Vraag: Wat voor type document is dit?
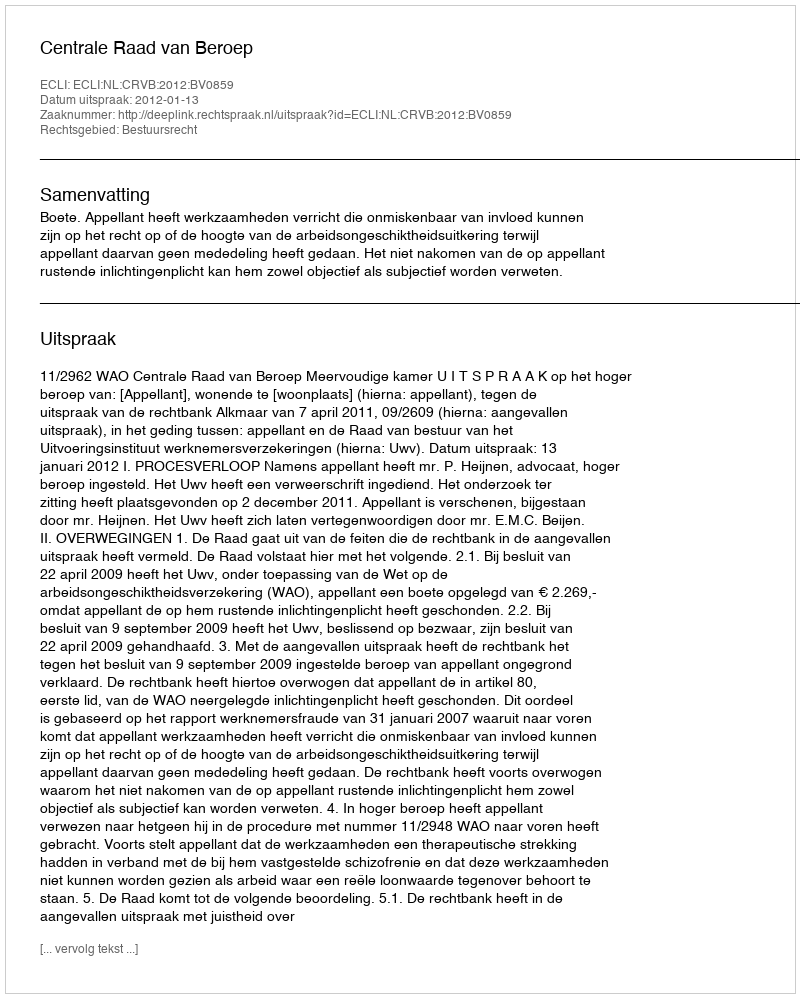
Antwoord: Uitspraak